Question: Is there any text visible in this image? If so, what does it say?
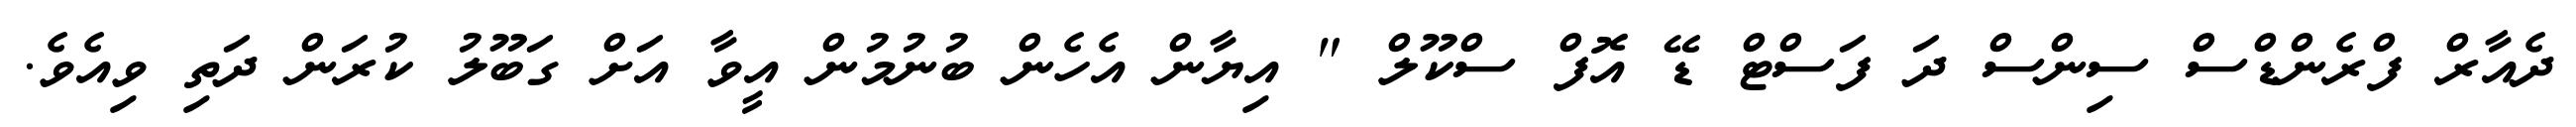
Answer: ދެއާރް ފްރެންޑްސް ސިންސް ދަ ފަސްޓް ޑޭ އޮފް ސްކޫލް " އިޔާން އެހެން ބުނުމުން އީވާ އަށް ގަބޫލު ކުރަން ދަތި ވިއެވެ.